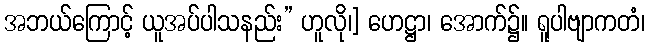
အဘယ်ကြောင့် ယူအပ်ပါသနည်း” ဟူလို၊] ဟေဋ္ဌာ၊ အောက်၌။ ရူပါဗျာကတံ၊